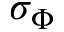
\sigma _ { \Phi }